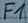
Text: F1